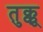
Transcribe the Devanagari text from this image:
तुक्कू